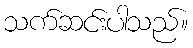
သက်ဆင်းပါသည်။